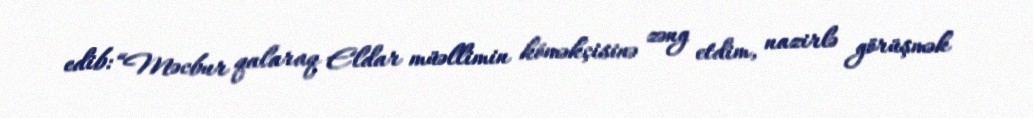
edib: “Məcbur qalaraq Eldar müəllimin köməkçisinə zəng etdim, nazirlə görüşmək